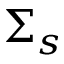
\Sigma _ { s }